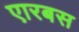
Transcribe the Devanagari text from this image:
एारबस